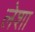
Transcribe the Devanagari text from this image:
लेशा